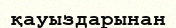
қауыздарынан